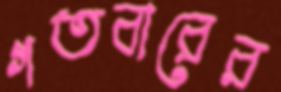
গতবারের